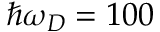
\hbar \omega _ { D } = 1 0 0